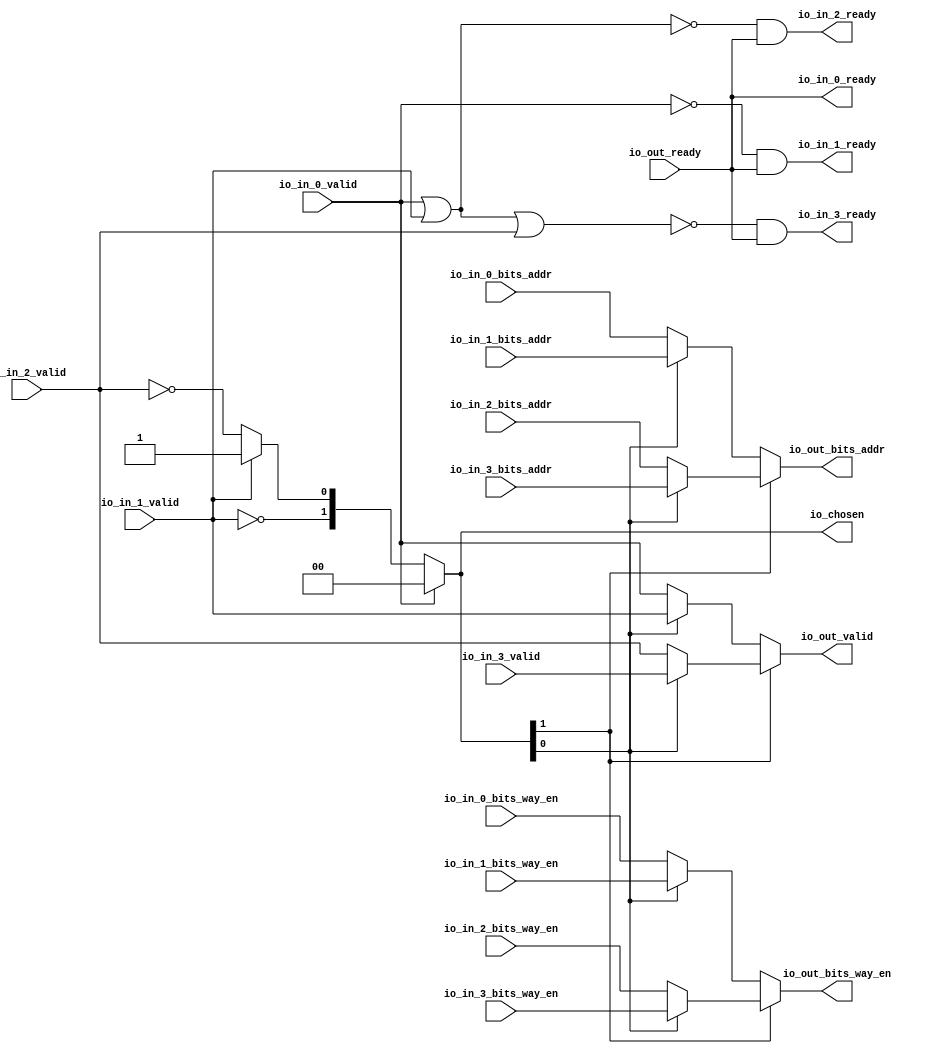
module Arbiter_2
(
  io_in_3_ready,
  io_in_3_valid,
  io_in_3_bits_way_en,
  io_in_3_bits_addr,
  io_in_2_ready,
  io_in_2_valid,
  io_in_2_bits_way_en,
  io_in_2_bits_addr,
  io_in_1_ready,
  io_in_1_valid,
  io_in_1_bits_way_en,
  io_in_1_bits_addr,
  io_in_0_ready,
  io_in_0_valid,
  io_in_0_bits_way_en,
  io_in_0_bits_addr,
  io_out_ready,
  io_out_valid,
  io_out_bits_way_en,
  io_out_bits_addr,
  io_chosen
);

  input [3:0] io_in_3_bits_way_en;
  input [11:0] io_in_3_bits_addr;
  input [3:0] io_in_2_bits_way_en;
  input [11:0] io_in_2_bits_addr;
  input [3:0] io_in_1_bits_way_en;
  input [11:0] io_in_1_bits_addr;
  input [3:0] io_in_0_bits_way_en;
  input [11:0] io_in_0_bits_addr;
  output [3:0] io_out_bits_way_en;
  output [11:0] io_out_bits_addr;
  output [1:0] io_chosen;
  input io_in_3_valid;
  input io_in_2_valid;
  input io_in_1_valid;
  input io_in_0_valid;
  input io_out_ready;
  output io_in_3_ready;
  output io_in_2_ready;
  output io_in_1_ready;
  output io_in_0_ready;
  output io_out_valid;
  wire [3:0] io_out_bits_way_en,T12,T10;
  wire [11:0] io_out_bits_addr,T6,T3;
  wire [1:0] io_chosen,T0;
  wire io_in_3_ready,io_in_2_ready,io_in_1_ready,io_in_0_ready,io_out_valid,N0,N1,N2,
  N3,N4,N5,N6,N7,io_out_ready,N8,N9,N10,N11,N12,T18,T16,T22,T24,T25,T27,T28,T29;
  wire [0:0] T1;
  assign io_in_0_ready = io_out_ready;
  assign io_chosen = (N0)? { 1'b0, 1'b0 } : 
                     (N1)? T0 : 1'b0;
  assign N0 = io_in_0_valid;
  assign N1 = N8;
  assign T0[0] = (N2)? 1'b1 : 
                 (N3)? T1[0] : 1'b0;
  assign N2 = io_in_1_valid;
  assign N3 = T0[1];
  assign io_out_bits_addr = (N4)? T6 : 
                            (N5)? T3 : 1'b0;
  assign N4 = io_chosen[1];
  assign N5 = N11;
  assign T3 = (N6)? io_in_1_bits_addr : 
              (N7)? io_in_0_bits_addr : 1'b0;
  assign N6 = io_chosen[0];
  assign N7 = N12;
  assign T6 = (N6)? io_in_3_bits_addr : 
              (N7)? io_in_2_bits_addr : 1'b0;
  assign io_out_bits_way_en = (N4)? T12 : 
                              (N5)? T10 : 1'b0;
  assign T10 = (N6)? io_in_1_bits_way_en : 
               (N7)? io_in_0_bits_way_en : 1'b0;
  assign T12 = (N6)? io_in_3_bits_way_en : 
               (N7)? io_in_2_bits_way_en : 1'b0;
  assign io_out_valid = (N4)? T18 : 
                        (N5)? T16 : 1'b0;
  assign T16 = (N6)? io_in_1_valid : 
               (N7)? io_in_0_valid : 1'b0;
  assign T18 = (N6)? io_in_3_valid : 
               (N7)? io_in_2_valid : 1'b0;
  assign N8 = ~io_in_0_valid;
  assign N9 = ~io_in_1_valid;
  assign T0[1] = N9;
  assign N10 = ~io_in_2_valid;
  assign T1[0] = N10;
  assign N11 = ~io_chosen[1];
  assign N12 = ~io_chosen[0];
  assign io_in_1_ready = T22 & io_out_ready;
  assign T22 = ~io_in_0_valid;
  assign io_in_2_ready = T24 & io_out_ready;
  assign T24 = ~T25;
  assign T25 = io_in_0_valid | io_in_1_valid;
  assign io_in_3_ready = T27 & io_out_ready;
  assign T27 = ~T28;
  assign T28 = T29 | io_in_2_valid;
  assign T29 = io_in_0_valid | io_in_1_valid;

endmodule